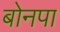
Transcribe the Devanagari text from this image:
बोनपा